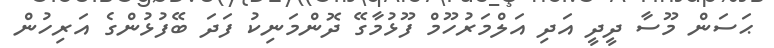
ޙަސަން މޫސާ ދީދީ އަދި އަލްމަރުހޫމް ފޫޅުމާގޭ ދޮންމަނިކު ފަދަ ބޭފުޅުންގެ އަރިހުން